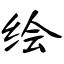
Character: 绘